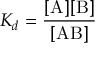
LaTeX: K _ { d } = \mathrm { \frac { [ A ] [ B ] } { [ A B ] } }